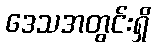
ဒေသအတွင်းရှိ